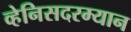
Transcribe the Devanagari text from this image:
व्हेनिसदरम्यान